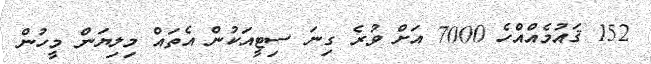
152 ޤައުމެއްއްހެ 7000 އަށް ވުރެ ގިނަ ސިޓީއަކުން އެތައް މިލިޔަން މީހުން